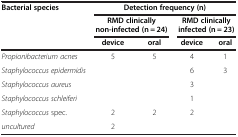
<table><thead><tr><td><b>Bacterial species</b></td><td colspan="4"><b>Detection frequency (n)</b></td></tr><tr><td><b> </b></td><td colspan="2"><b>RMD clinically non-infected (n = 24)</b></td><td colspan="2"><b>RMD clinically infected (n = 23)</b></td></tr><tr><td><b> </b></td><td><b>device</b></td><td><b>oral</b></td><td><b>device</b></td><td><b>oral</b></td></tr></thead><tbody><tr><td><i>Propionibacterium acnes</i></td><td>5</td><td>5</td><td>4</td><td>1</td></tr><tr><td><i>Staphylococcus epidermidis</i></td><td> </td><td> </td><td>6</td><td>3</td></tr><tr><td><i>Staphylococcus aureus</i></td><td> </td><td> </td><td>3</td><td> </td></tr><tr><td><i>Staphylococcus schleiferi</i></td><td> </td><td> </td><td>1</td><td> </td></tr><tr><td><i>Staphylococcus</i> spec.</td><td>2</td><td>2</td><td>2</td><td> </td></tr><tr><td><i>uncultured</i></td><td>2</td><td> </td><td> </td><td> </td></tr></tbody></table>